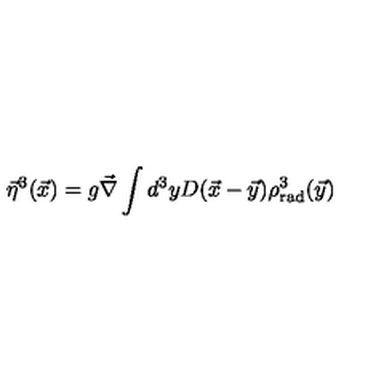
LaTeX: \vec { \eta } ^ { 3 } ( \vec { x } ) = g \vec { \nabla } \int d ^ { 3 } y D ( \vec { x } - \vec { y } ) \rho _ { \mathrm { r a d } } ^ { 3 } ( \vec { y } )